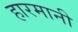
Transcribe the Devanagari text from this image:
हारमानी